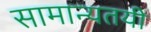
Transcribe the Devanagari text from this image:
सामान्यतयी